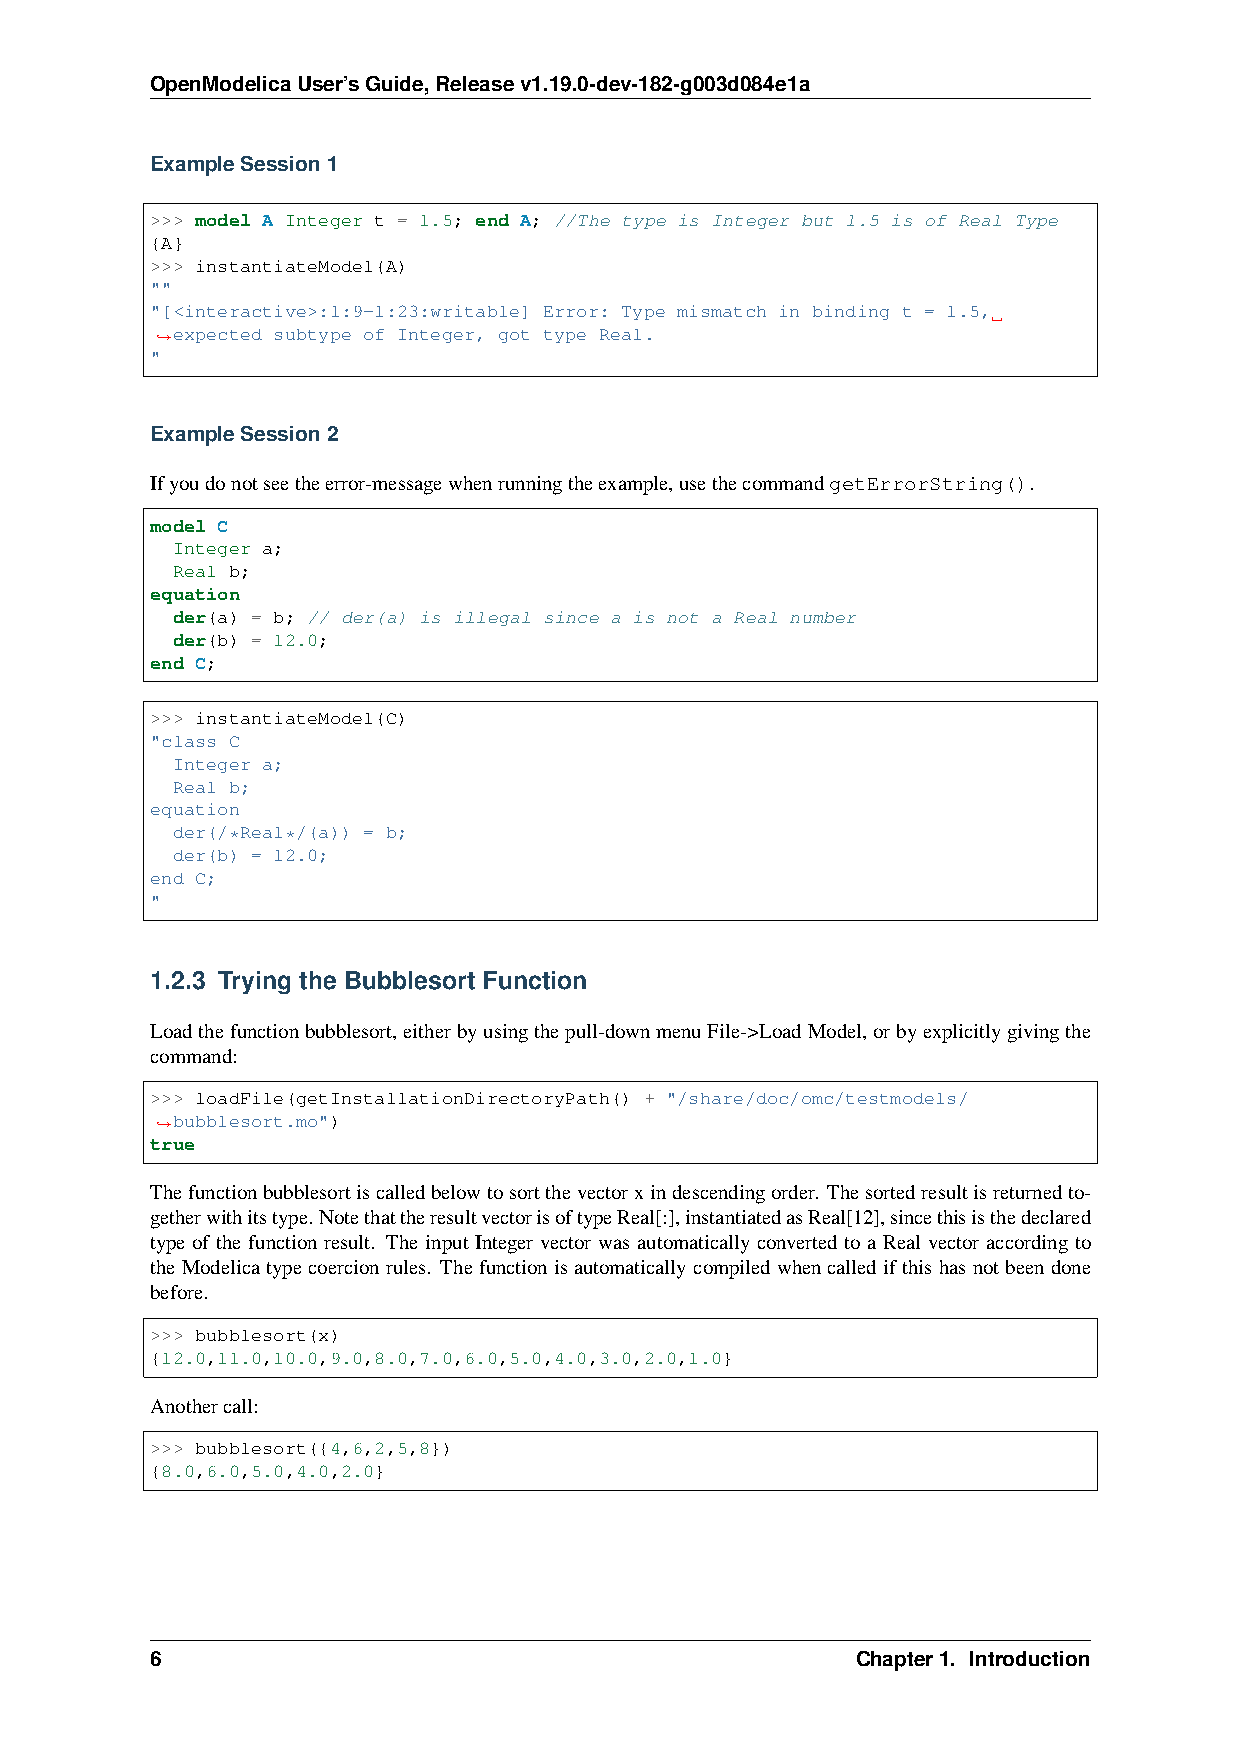
OpenModelicaUser’sGuide,Releasev1.19.0-dev-182-g003d084e1a
 ExampleSession1
 >>> model A Integer t = 1.5; end A; //The type is Integer but 1.5 is of Real Type
 {A}
 >>> instantiateModel(A)
 ""
 "[<interactive>:1:9-1:23:writable] Error: Type mismatch in binding t = 1.5,
 expected subtype of Integer, got type Real.
 ˓→
 "
 ExampleSession2
 Ifyoudonotseetheerror-messagewhenrunningtheexample,usethecommandgetErrorString().
 model C
 Integer a;
 Real b;
 equation
 der(a) = b; // der(a) is illegal since a is not a Real number
 der(b) = 12.0;
 end C;
 >>> instantiateModel(C)
 "class C
 Integer a;
 Real b;
 equation
 der(/*Real*/(a)) = b;
 der(b) = 12.0;
 end C;
 "
 1.2.3 Trying the Bubblesort Function
 Loadthefunctionbubblesort,eitherbyusingthepull-downmenuFile->LoadModel,orbyexplicitlygivingthe
 command:
 >>> loadFile(getInstallationDirectoryPath() + "/share/doc/omc/testmodels/
 bubblesort.mo")
 ˓→
 true
 Thefunctionbubblesortiscalledbelowtosortthevectorxindescendingorder. Thesortedresultisreturnedto-
 getherwithitstype.NotethattheresultvectorisoftypeReal[:],instantiatedasReal[12],sincethisisthedeclared
 type of the function result. The input Integer vector was automatically converted to a Real vector according to
 theModelicatypecoercionrules. Thefunctionisautomaticallycompiledwhencalledifthishasnotbeendone
 before.
 >>> bubblesort(x)
 {12.0,11.0,10.0,9.0,8.0,7.0,6.0,5.0,4.0,3.0,2.0,1.0}
 Anothercall:
 >>> bubblesort({4,6,2,5,8})
 {8.0,6.0,5.0,4.0,2.0}
 6                                              Chapter1. Introduction